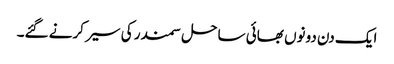
ایک دن دونوں بھائی ساحل سمندر کی سیر کرنے گئے۔